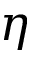
\eta